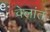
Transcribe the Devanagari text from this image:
वेलांत